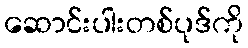
ဆောင်းပါးတစ်ပုဒ်ကို